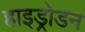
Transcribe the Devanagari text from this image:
हाइड्रोडन